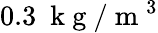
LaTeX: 0.3~\mathrm{~k~g~}/\mathrm{~m~}^{3}